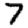
Digit: 7